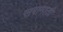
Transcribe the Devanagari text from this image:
सरामाती